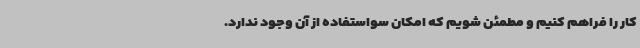
کار را فراهم کنیم و مطمئن شویم که امکان سواستفاده از آن وجود ندارد.